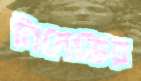
নিনেভের